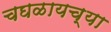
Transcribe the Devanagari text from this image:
चघळायच्या